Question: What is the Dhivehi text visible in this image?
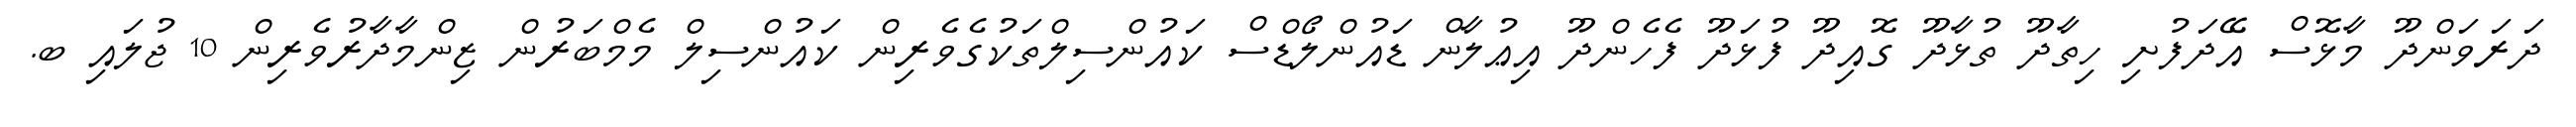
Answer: ދަރަވަންދޫ މާޅޮސް އޭދަފުށި ހިތާދޫ ތުޅާދޫ ގޮއިދޫ ފުޅަދޫ ފެހެންދޫ އިޢުލާން ޑައުންލޯޑްސް ކައުންސިލްތަކުގެވެރިން ކައުންސިލް މެމްބަރުން ޒިންމާދާރުވެރިން 10 ޖުލައި ބ.